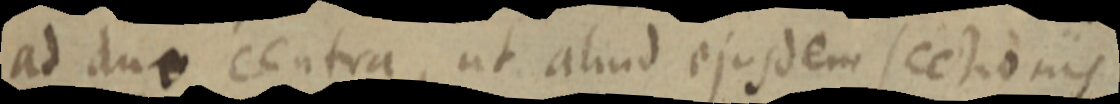
ad duo centra, ut aliud ejusdem sectionis